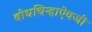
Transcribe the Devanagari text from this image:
बोधचिन्हाऐवजी